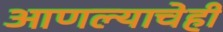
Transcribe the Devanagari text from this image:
आणल्याचेही